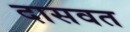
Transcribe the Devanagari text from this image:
दासवत